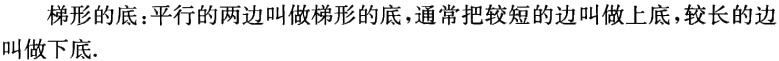
梯形的底：平行的两边叫做梯形的底，通常把较短的边叫做上底，较长的边叫做下底.